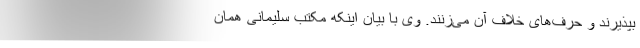
بپذیرند و حرف‌های خلاف آن می‌زنند. وی با بیان اینکه مکتب سلیمانی همان